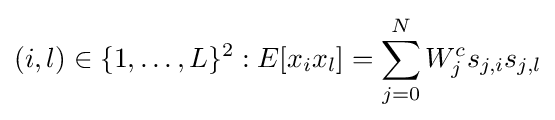
(i,l)\in \{1,\dots ,L\}^{2}:E[x_{i}x_{l}]=\sum _{j=0}^{N}W_{j}^{c}s_{j,i}s_{j,l}